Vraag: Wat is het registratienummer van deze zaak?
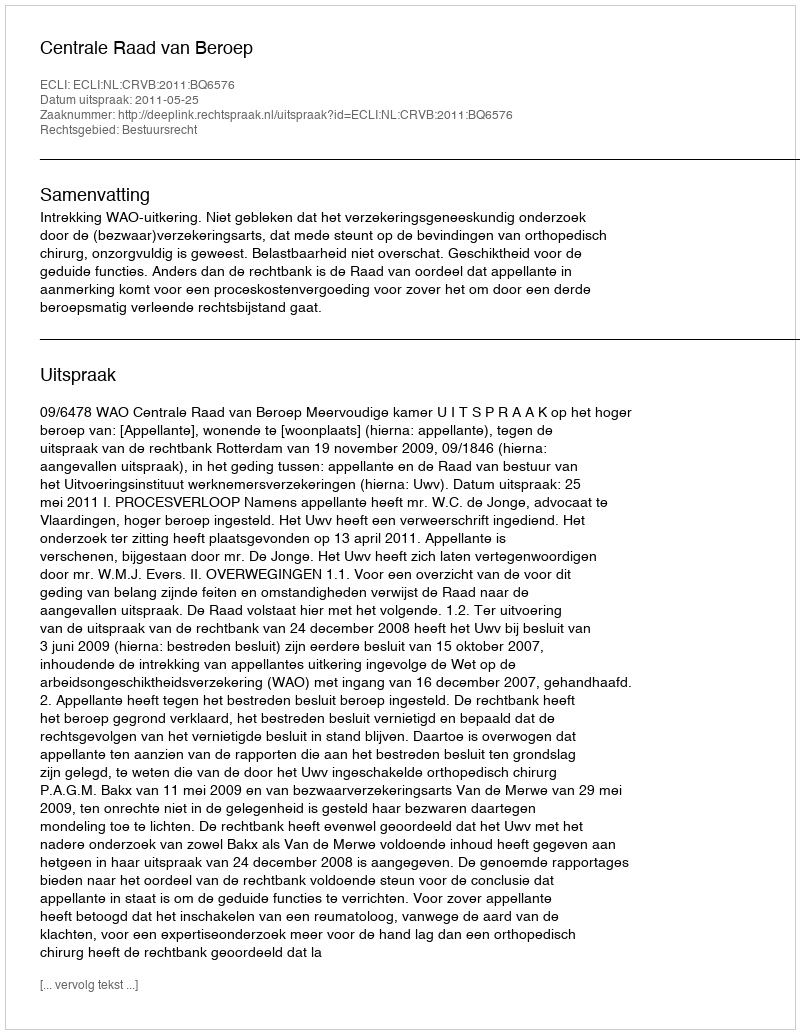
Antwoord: http://deeplink.rechtspraak.nl/uitspraak?id=ECLI:NL:CRVB:2011:BQ6576